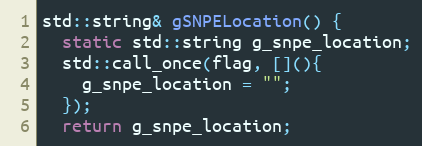
Language: C++
std::string& gSNPELocation() {
  static std::string g_snpe_location;
  std::call_once(flag, [](){
    g_snpe_location = "";
  });
  return g_snpe_location;